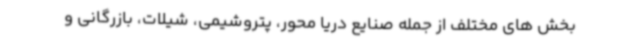
بخش های مختلف از جمله صنایع دریا محور، پتروشیمی، شیلات، بازرگانی و